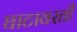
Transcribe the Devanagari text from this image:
घाटावरती